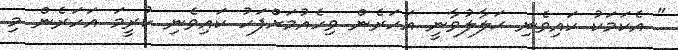
" އެކަމަކު ކައިވެނި ޙަލާލުވާނީ އަހަރެން ވިހެއުމަށްފަހު ކައިވެނި ކުރީމަ އަހަރެން މި